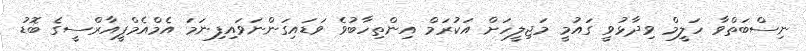
ނިސްބަތްވާ ހަލީމް ވިދާޅުވީ ގައުމީ މަޖިލީހަށް އަކުރަމް އިންތިހާބުވެ ވަޑައިގަންނަވައިފިނަމަ އެމްއެމްޕީއާރްސީގެ ބޮޑު